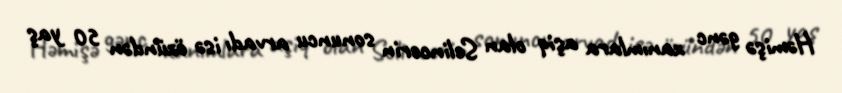
Həmişə gənc xanımlara aşiq olan Selincerin sonuncu arvadı isə özündən 50 yaş